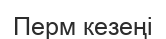
Перм кезеңі